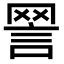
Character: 𧧧